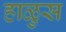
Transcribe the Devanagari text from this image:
हाळुस